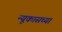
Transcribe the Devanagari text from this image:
न्यूकासच्या